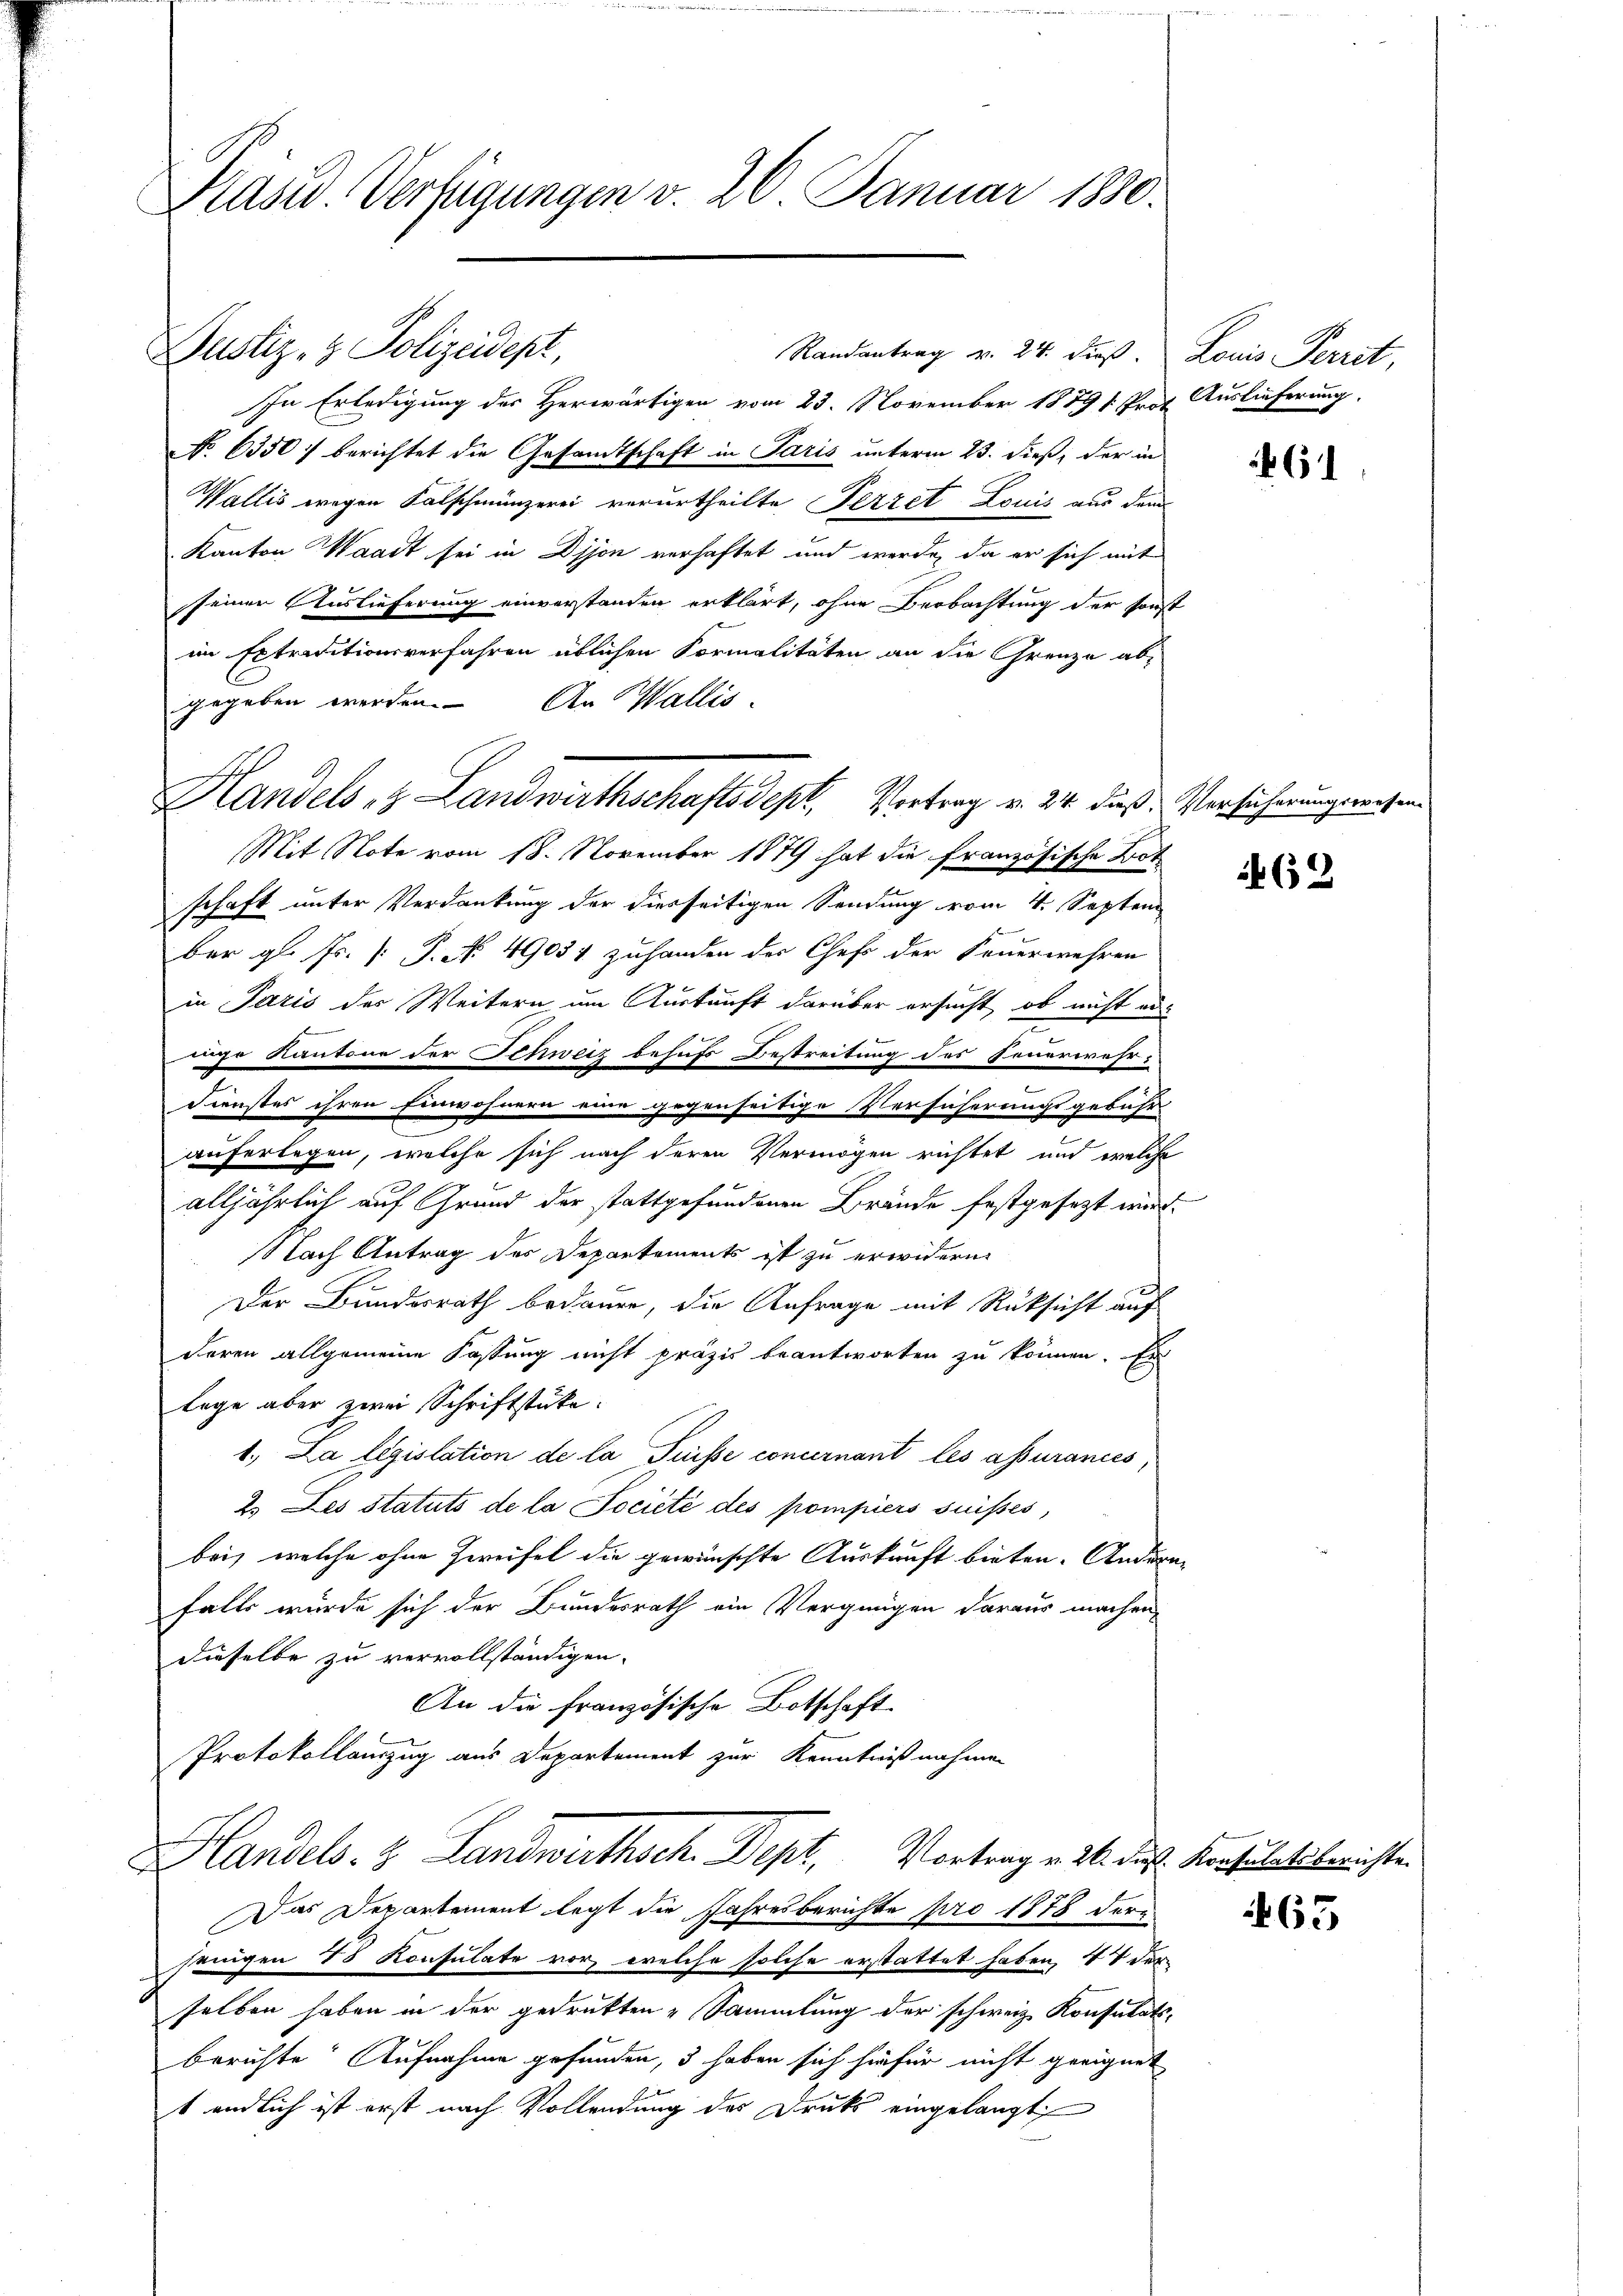
Präsid. Verfügungen v. 26 Januar 1830.

Justiz- & Polizeidept,

Handels- Landwirthschaftsdept, Vortrag v. 24. dieß, Versicherungswesen.

Randantrag v. 24. dieß.
In Erledigung des Herwärtigen vom 23. November 1879 1. Prot
No 6350) berichtet die Gesandtschaft in Paris unterm 23. dieß, der in
Wallis wegen Falschmünzerei verurtheilte Pezzet Louis aus dem
Kanton Waadt sei in Dijon verhaftet und werde, da er sich mit
seiner Auslieferung einverstanden erklärt, ohne Beobachtung der sonst
im Extraditionsverfahren üblichen Formalitäten an die Grenze ab-
gegeben werden. An Wallis.
Mit Note vom 18. November 1879 hat die französische Bot
schaft unter Verdankung der diesseitigen Sendung vom 4. Septem
ber gl. Fr. [P. Nr. 49054 zuhanden der Chef der Feuerwehren
in Paris der Weitern um Auskunft darüber ersucht, ob nicht er-
nesr Kantone der Schweiz behufs Bestreitung des Feuerwehr-
Dienstes ihren Einwohnern eine gegenseitige Versicherungsgebühr
auferlegen, welche sich nach deren Vermögen richtet und welche
alljährlich auf Grund der stattgefundenen Brände festgesezt wird
Nach Antrag des Departements ist zu erwidern
Der Bundesrath bedauer, die Anfrage mit Rüksicht auf
deren allgemeine Fassung nicht präzis beantworten zu können. Es
lage aber zwei Schriftstücke.
1. La législation de la Puisse concernant les assurances,
2. Les statuts de la Société des pompiers suisses,
bei, welche ohne Zweifel die gewünschte Auskunft bieten. Anderen
falls würde sich der Bundesrath ein Vergnügen daraus machen,
dieselbe zu vervollständigen.
An die französische Botschaft
Protokollamzug aus Departement zur Kenntnißnahmen
Handels- & Landwirthsch. Dept, Vortrag v. M. das Konsulatsberichten
Das Departement legt die Jahresberichte pro 1878 der
jenigen 48 Konsulate vor, welche solche erstattet haben, 44 der
selben haben in der gedrukten Sammlung der schweiz. Konsulats-
berichte Aufnahme gefunden, 3 haben sich hiefür nicht geeignet
t endlich ist erst nach Vollendung des Drucks eingelangt,

Louis Perrit,
Auslieferung.

2

61.

632

63